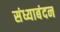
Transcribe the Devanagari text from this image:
संध्याबंदन